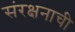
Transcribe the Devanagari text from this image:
संरक्षनाची